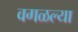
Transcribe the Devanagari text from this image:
वगळल्या